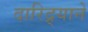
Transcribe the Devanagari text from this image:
दारिद्र्याने